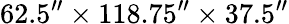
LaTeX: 62.5^{\prime\prime}\times 118.75^{\prime\prime}\times 37.5^{\prime\prime}